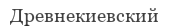
Древнекиевский